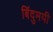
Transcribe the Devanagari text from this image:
बिंदुमयी